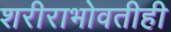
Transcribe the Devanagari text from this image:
शरीराभोवतीही